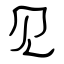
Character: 见